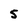
Character: 5